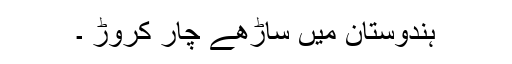
ہندوستان میں ساڑھے چار کروڑ ۔